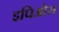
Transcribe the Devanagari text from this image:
इपिओस